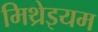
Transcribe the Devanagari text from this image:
मिथ्रेइयम